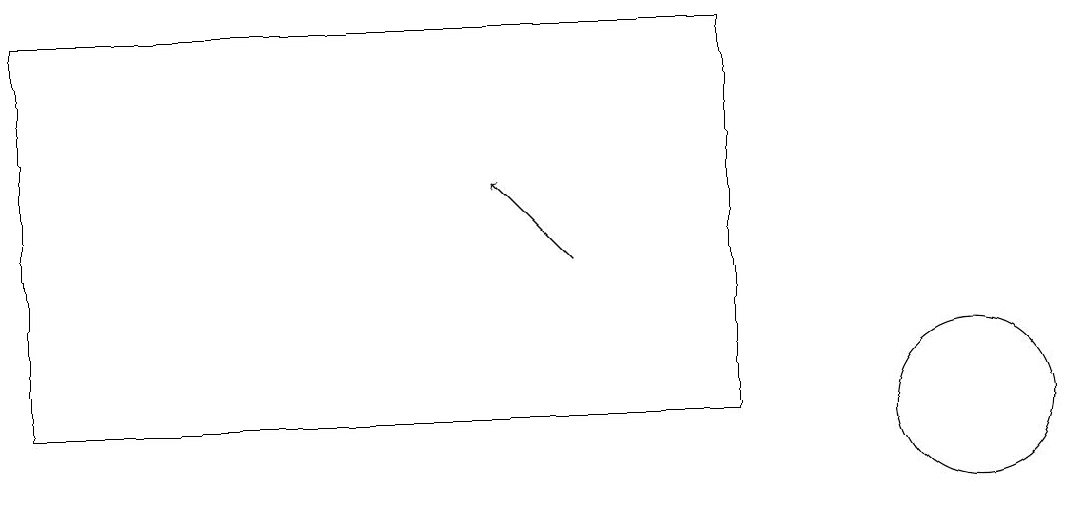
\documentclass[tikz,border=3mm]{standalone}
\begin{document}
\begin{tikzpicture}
\draw[->] (7,13) -- (6,14);
\draw (0,16) rectangle (9,11);
\draw (12,11) circle (1);
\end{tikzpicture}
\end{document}